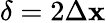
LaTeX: \delta=2\Delta\mathbf{x}